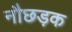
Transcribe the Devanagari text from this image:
नौछड़क